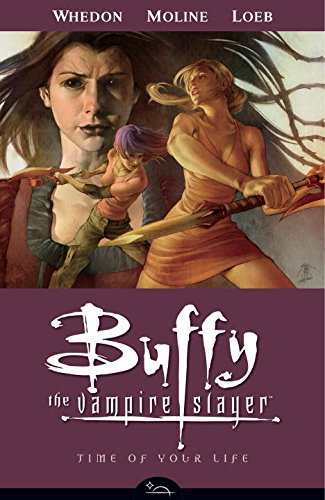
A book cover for Time of Your Life (Buffy the Vampire Slayer, Season 8, Vol. 4); Joss Whedon; Romance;